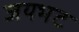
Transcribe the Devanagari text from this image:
जयभट